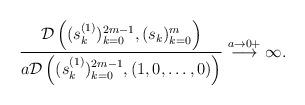
LaTeX: \begin{align*}\frac{\mathcal{D}\left((s^{(1)}_{k})_{k=0}^{2m-1}, (s_k)_{k=0}^{m} \right)}{a\mathcal{D}\left((s^{(1)}_{k})_{k=0}^{2m-1}, (1,0,\ldots,0)\right)} \stackrel{a\to 0+}{\longrightarrow} \infty.\end{align*}